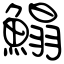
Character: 鰨